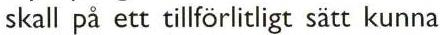
skall på ett tillförlitligt sätt kunna